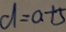
d = a + 5